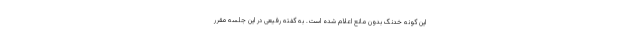
این گونه خدنگ بدون مانع اعلام شده است. به گفته رفیعی در این جلسه مقرر